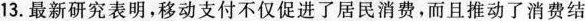
13.最新研究表明，移动支付不仅促进了居民消费，而且推动了消费结